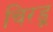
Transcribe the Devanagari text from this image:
चिरडू